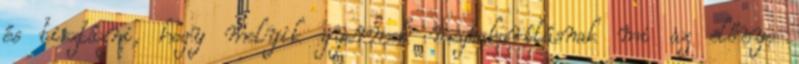
és tisztázni, hogy melyik gyermek megtakarításnak mi az előnye